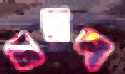
ব্রয়ল